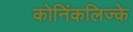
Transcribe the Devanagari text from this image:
कोनिंकलिज्के